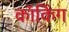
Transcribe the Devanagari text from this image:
कॉकिंग